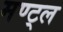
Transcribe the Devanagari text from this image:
मण्ट्ल